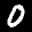
Label: 0